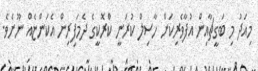
މިއަދު މި ބަގީޗާއިން އުފާވެރިކަން ހާސިލް ކުރަނީ ކްރޮކީގެ ދެމަފިރިން އެކަންޏެއް ނޫނެވެ.